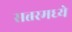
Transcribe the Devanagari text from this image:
सत्तरमध्ये